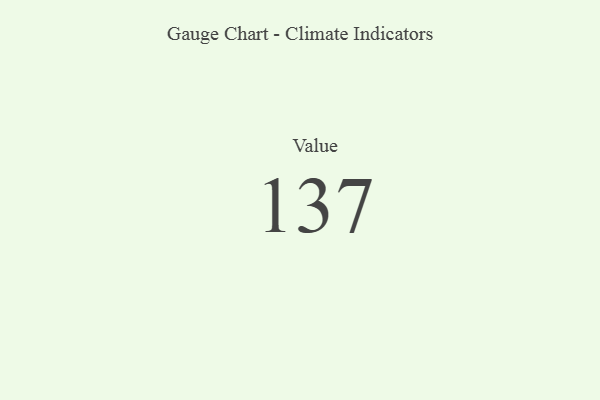
{"axis": {"x": "Metric", "y": "Value"}, "legend": [""], "data": [{"x": "Value", "y": 137, "type": ""}]}